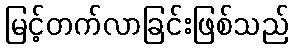
မြင့်တက်လာခြင်းဖြစ်သည်